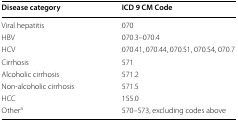
| Disease category | ICD 9 CM Code |
 | --- | --- |
 | Viral hepatitis | 070 |
 | HBV | 070.3–070.4 |
 | HCV | 070.41, 070.44, 070.51, 070.54, 070.7 |
 | Cirrhosis | 571 |
 | Alcoholic cirrhosis | 571.2 |
 | Non-alcoholic cirrhosis | 571.5 |
 | HCC | 155.0 |
 | Othera | 570–573, excluding codes above |